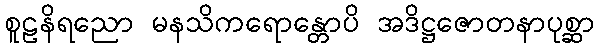
စူဠနိရညော မနသိကရောန္တောပိ အဒိဋ္ဌဇောတနာပုစ္ဆာ